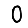
Digit: 0